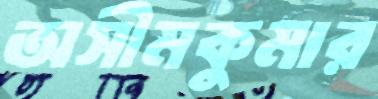
অসীমকুমার